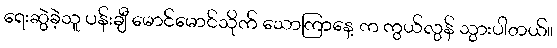
ရေးဆွဲခဲ့သူ ပန်းချီ မောင်မောင်သိုက် သောကြာနေ့ က ကွယ်လွန် သွားပါတယ်။